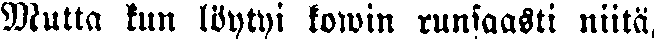
Mutta kun löytyi kowin runsaasti niitä,